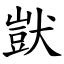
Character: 獃